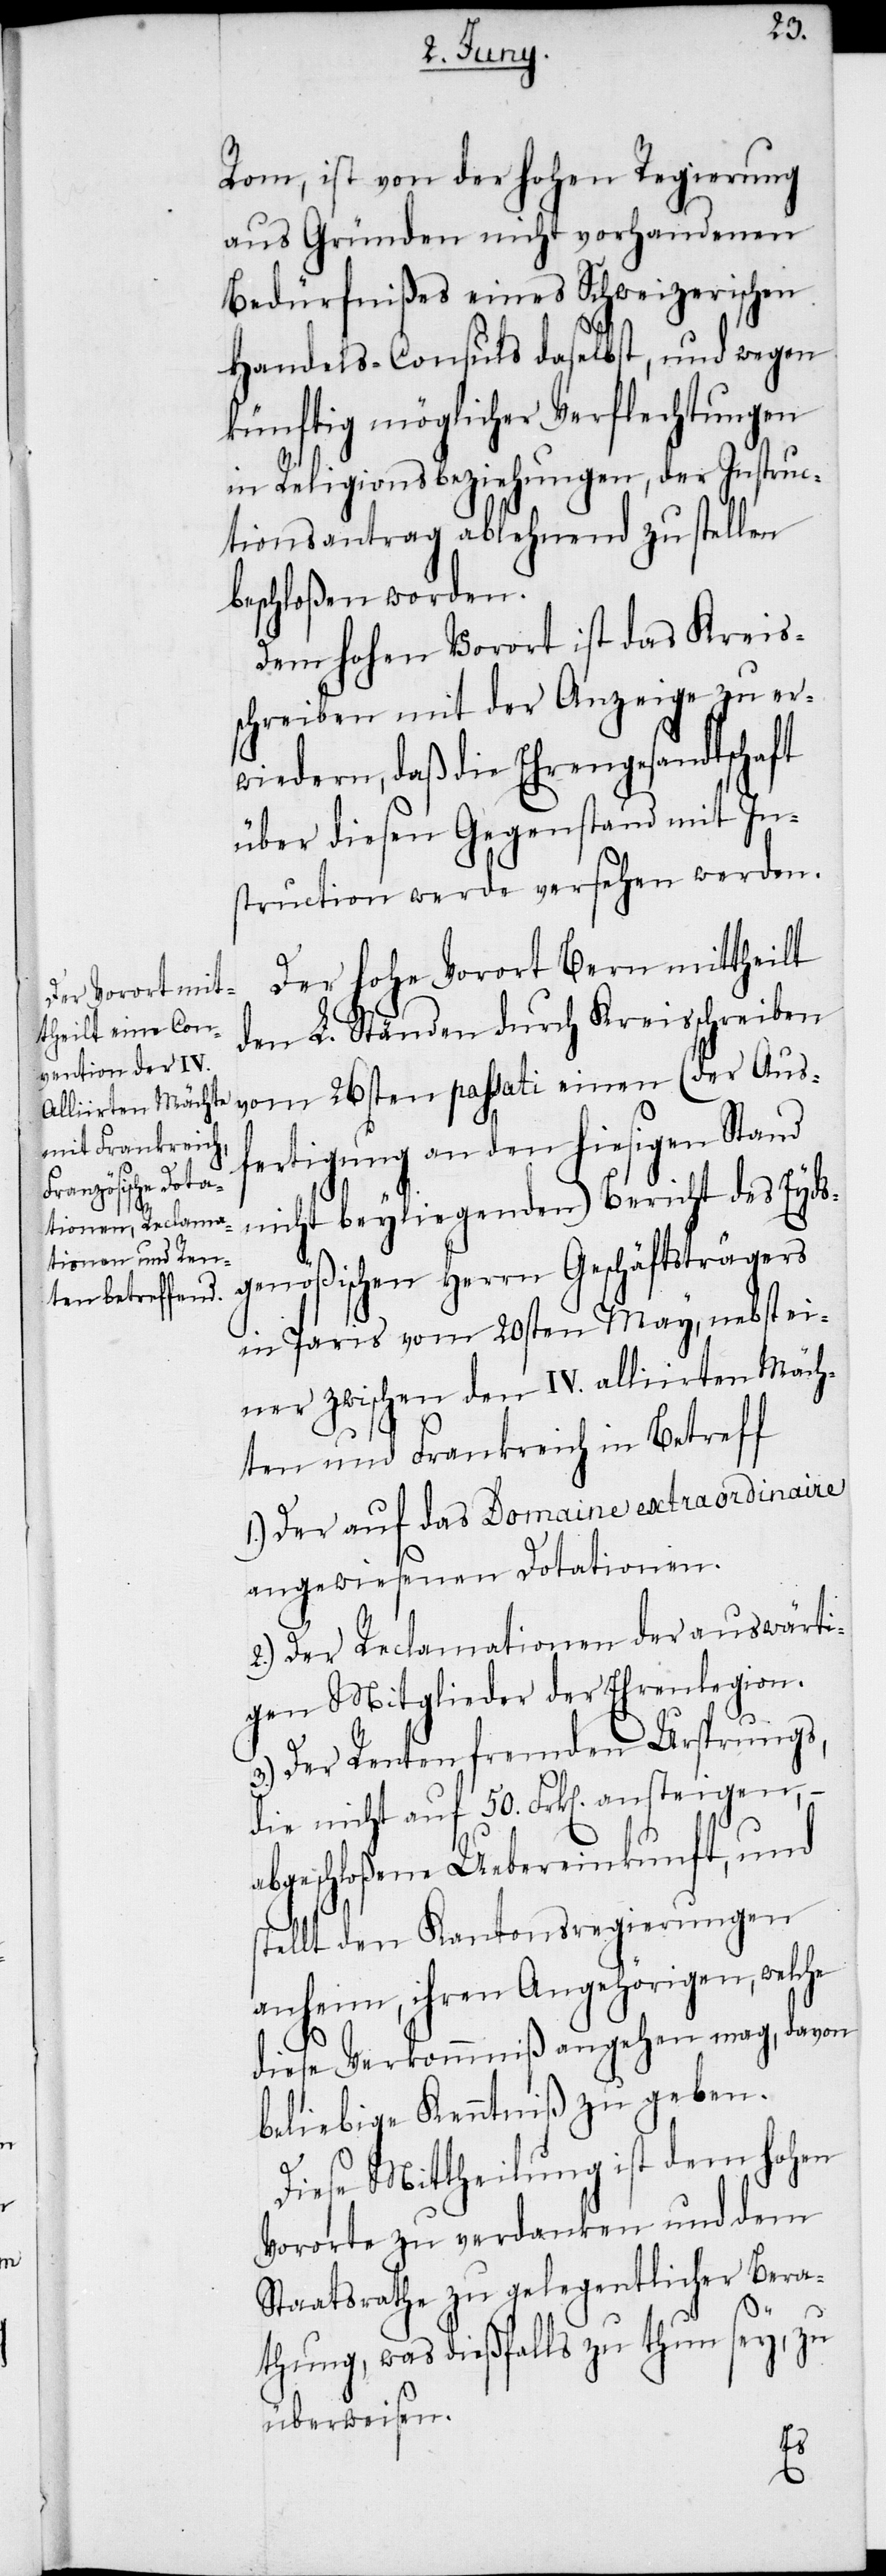
Rom, ist von der hohen Regierung
aus Gründen nicht vorhandenen
Bedürfnißes eines Schweizerischen
Handels-Consuls daselbst, und wegen
künftig möglicher Verflechtungen
in Religionsbeziehungen, der Instruc¬
tionsantrag ablehnend zu stellen
beschloßen worden.
Dem hohen Vorort ist das Kreis¬
schreiben mit der Anzeige zu er¬
wiedern, daß die Ehrengesandtschaft
über diesen Gegenstand mit In¬
struction werde versehen werden.
Der hohe Vorort Bern mittheilt
den L. Ständen durch Kreisschreiben
vom 26sten passati einen (der Aus¬
fertigung an den hiesigen Stand
nicht beyliegenden) Bericht des Eyds¬
genößischen Herrn Geschäftsträgers
in Paris vom 20sten May, nebst ei¬
ner zwischen den IV. alliirten Mäch¬
ten und Frankreich in Betreff
1.) Der auf das Domaine extraordinaire
angewiesenen Dotationen.
2.) Der Reclamationen der auswärti¬
gen Mitglieder der Ehrenlegion.
3.) Der Renten fremden Ursprungs,
die nicht auf 50. Frk[en]. ansteigen,
abgeschloßene Uebereinkunft, und
stellt den Kantonsregierungen
anheim, ihren Angehörigen, welche
diese Verkommniß angehen mag, davon
beliebige Kenntniß zu geben.
Diese Mittheilung ist dem hohen
Vororte zu verdanken und dem
Staatsrathe zu gelegentlicher Bera¬
thung, was dießfalls zu thun sey, zu
überweisen.